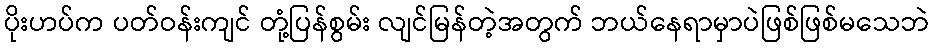
ပိုးဟပ်က ပတ်ဝန်းကျင် တုံ့ပြန်စွမ်း လျင်မြန်တဲ့အတွက် ဘယ်နေရာမှာပဲဖြစ်ဖြစ်မသေဘဲ